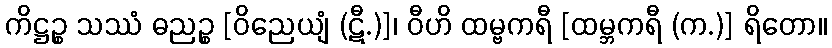
ကိဋ္ဌဉ္စ သဿံ ဓညဉ္စ [ဝိညေယျံ (ဋီ.)]၊ ဝီဟိ ထမ္ဗကရီ [ထမ္ဘကရီ (က.)] ရိတော။